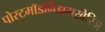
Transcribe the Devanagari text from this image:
पोस्टमॉडर्निझमखेरिज